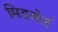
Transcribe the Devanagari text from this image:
मिडबोर्ड